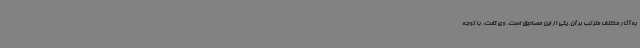
به آثار مختلف مترتب بر آن، یکی از این مصادیق است. وی گفت: با توجه